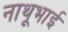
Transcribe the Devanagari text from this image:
नाथूभाई